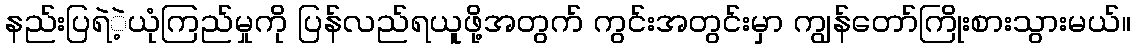
နည်းပြရဲဲ့ယုံကြည်မှုကို ပြန်လည်ရယူဖို့အတွက် ကွင်းအတွင်းမှာ ကျွန်တော်ကြိုးစားသွားမယ်။